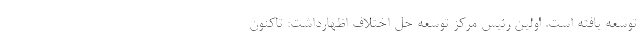
توسعه یافته است. اولین رئیس مرکز توسعه حل اختلاف اظهارداشت: تاکنون